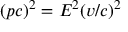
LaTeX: ( p c ) ^ { 2 } = E ^ { 2 } ( v / c ) ^ { 2 }